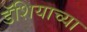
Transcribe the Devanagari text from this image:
डॅशियाच्या